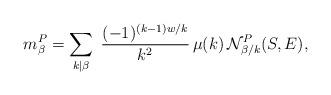
LaTeX: \begin{align*}m^{P}_\beta = \sum_{k|\beta} \; \frac{(-1)^{(k-1)w/k}}{k^2} \, \mu(k) \, \mathcal N^{P}_{\beta/k}(S,E),\end{align*}